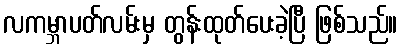
လကမ္ဘာပတ်လမ်းမှ တွန်းထုတ်ပေးခဲ့ပြီ ဖြစ်သည်။